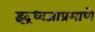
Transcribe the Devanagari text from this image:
इंद्रध्वजाप्रमाणे